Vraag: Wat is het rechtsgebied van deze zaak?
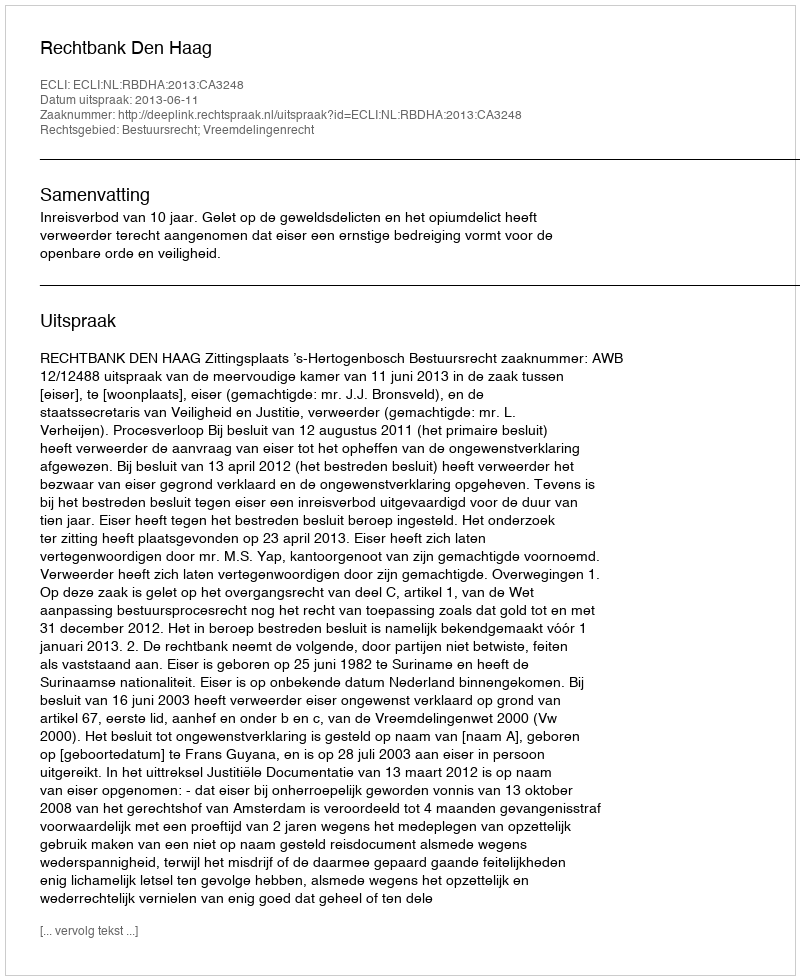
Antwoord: Bestuursrecht; Vreemdelingenrecht